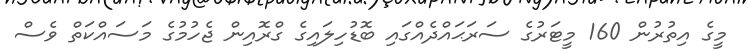
މީގެ އިތުރުން 160 މީޓަރުގެ ސަރަޙައްދެއްގައި ބޮޑުހިލައިގެ ގްރޮއިން ޖެހުމުގެ މަސައްކަތް ވެސް